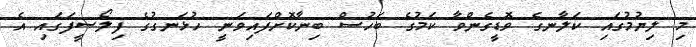
މި ލިޔުމުގައި ކަލާނގެ ވޮޑީގެންވާ ކަމުގެ ބަހުސް ބިނާކޮށްފައިވަނީ ހުޅަނގުގެ ފިލޯސީފަގައި އެ